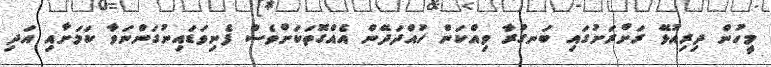
މީހުން ދިރިއުޅޭ ރަށްރަށުގައި ބަނގުރާ ވިއްކަން ހުއްދަދޭން އެއްގޮތަކަށްވެސް ފެނިވަޑައިނުގަންނަވާ ކަމަށާއި އަދި